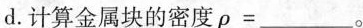
d.计算金属块的密度$$\rho =___$$。